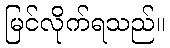
မြင်လိုက်ရသည်။